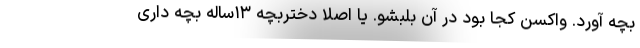
بچه آورد. واکسن کجا بود در آن بلبشو. یا اصلا دختربچه ۱۳ساله بچه داری